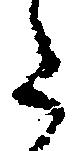
た